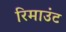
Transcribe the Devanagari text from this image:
रिमाउंट